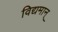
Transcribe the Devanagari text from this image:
विद्यमान्